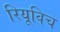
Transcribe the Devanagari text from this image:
रियूविच